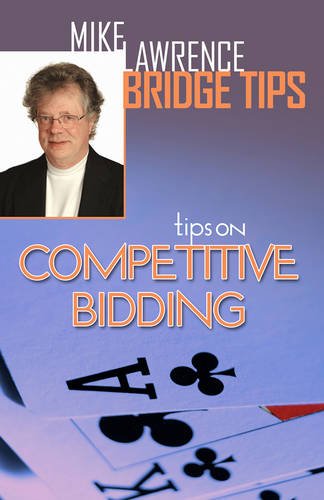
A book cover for Tips on Competitive Bidding (Mike Lawrence Bridge Tips); Mike Lawrence; Humor & Entertainment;